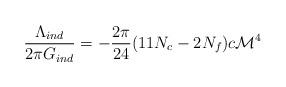
LaTeX: \begin{align*}{\Lambda_{ind}\over {2\pi G_{ind}}} = -{2\pi\over 24}(11 N_c -2N_f)c{\cal M}^4\end{align*}